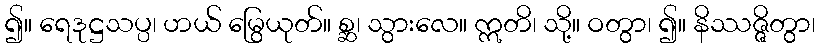
၍။ ရေဒုဋ္ဌသပ္ပ၊ ဟယ် မြွေယုတ်။ စ္ဆ၊ သွားလေ။ ဣတိ၊ သို့။ ဝတွာ၊ ၍။ နိဿဇ္ဇိတွာ၊